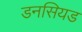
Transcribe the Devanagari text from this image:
डनसियड